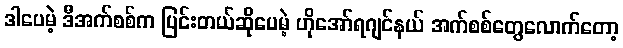
ဒါပေမဲ့ ဒီအက်စစ်က ပြင်းတယ်ဆိုပေမဲ့ ဟိုအော်ရဂျင်နယ် အက်စစ်တွေလောက်တော့